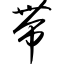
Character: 带